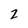
Character: 2